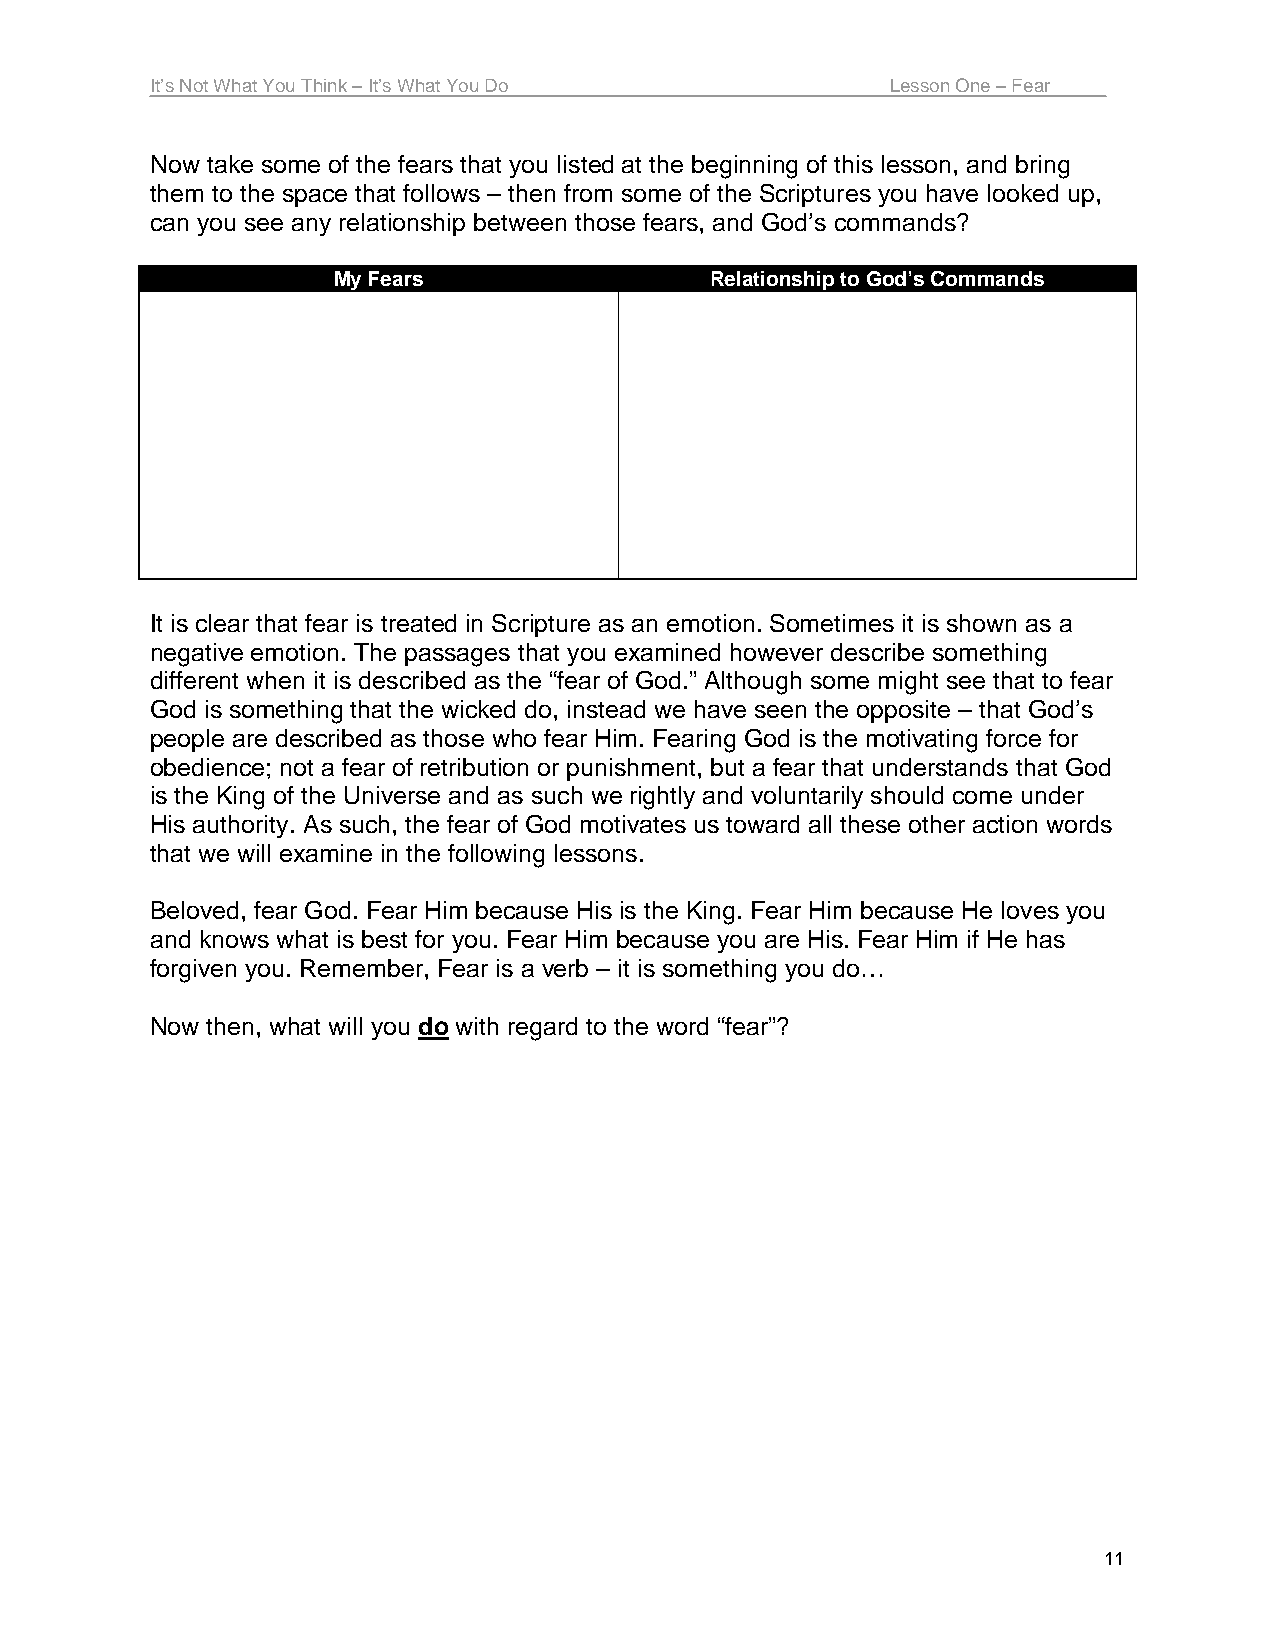
It’s Not What You Think – It’s What You Do       Lesson One – Fear
 Now take some of the fears that you listed at the beginning of this lesson, and bring
 them to the space that follows – then from some of the Scriptures you have looked up,
 can you see any relationship between those fears, and God’s commands?
 My Fears                 Relationship to God’s Commands
 It is clear that fear is treated in Scripture as an emotion. Sometimes it is shown as a
 negative emotion. The passages that you examined however describe something
 different when it is described as the “fear of God.” Although some might see that to fear
 God is something that the wicked do, instead we have seen the opposite – that God’s
 people are described as those who fear Him. Fearing God is the motivating force for
 obedience; not a fear of retribution or punishment, but a fear that understands that God
 is the King of the Universe and as such we rightly and voluntarily should come under
 His authority. As such, the fear of God motivates us toward all these other action words
 that we will examine in the following lessons.
 Beloved, fear God. Fear Him because His is the King. Fear Him because He loves you
 and knows what is best for you. Fear Him because you are His. Fear Him if He has
 forgiven you. Remember, Fear is a verb – it is something you do…
 Now then, what will you do with regard to the word “fear”?
 11